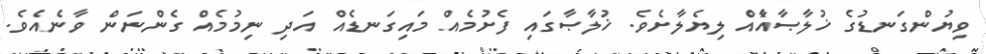
ވިޔުންގަނޑުގެ ޚުލާޞާއެާއެް ލިޔެލާށެވެ. ޚުލާޞާގައި ފެށުމެއް މައިގަނޑެއް އަދި ނިމުމެއް ގެންނަން ވާނެއެވެ.